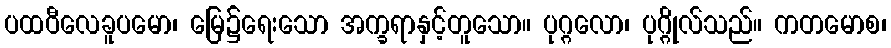
ပထဝီလေခူပမော၊ မြေ၌ရေးသော အက္ခရာနှင့်တူသော။ ပုဂ္ဂလော၊ ပုဂ္ဂိုလ်သည်။ ကတမောစ၊